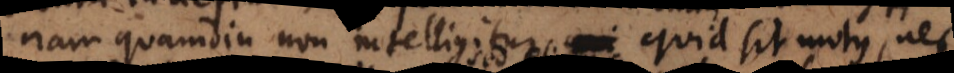
nam quamdiu non intelligitur, quid sit motus, nec